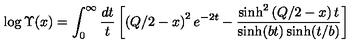
\log \Upsilon ( x ) = \int _ { 0 } ^ { \infty } \frac { d t } { t } \left[ \left( Q / 2 - x \right) ^ { 2 } e ^ { - 2 t } - \frac { \sinh ^ { 2 } \left( Q / 2 - x \right) t } { \sinh ( b t ) \sinh ( t / b ) } \right]